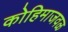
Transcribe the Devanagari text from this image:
कोहिमाजवळ